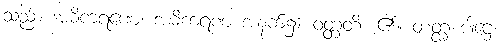
သည်။ အဓိကရဏေ၊ အဓိကရဏ အနက်၌။ ဝတ္တတိ၊ ၏။ တတ္ထ ပါဌေ၊